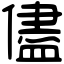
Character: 儘